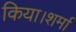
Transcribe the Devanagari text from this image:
किया।शर्मा